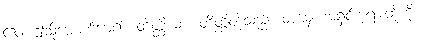
ဧဝံ၊ ဤသို့အောက်မေ့၍။ တိတ္ထိယာ၊ တိတ္ထိတို့သည်။ တုမှေ၊ အရှင်ဘုရားတို့ကို။